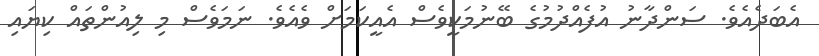
އެބަދެއެވެ. ސަންދާނު އުފެއްދުމުގެ ބޭނުމަކީވެސް އެއީކަމަށް ވެއެވެ. ނަމަވެސް މި ލިއުންތައް ކިޔައި